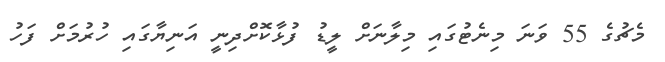
މެޗުގެ 55 ވަނަ މިނެޓުގައި މިލާނަށް ލީޑު ފުޅާކޮށްދިނީ އަނިޔާގައި ހުރުމަށް ފަހު